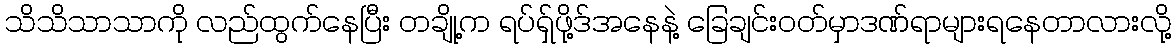
သိသိသာသာကို လည်ထွက်နေပြီး တချို့က ရပ်ရှ်ဖို့ဒ်အနေနဲ့ ခြေချင်းဝတ်မှာဒဏ်ရာများရနေတာလားလို့